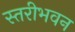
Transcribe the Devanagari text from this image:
स्तरीभवन